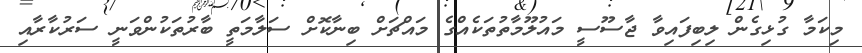
މިކަމާ ގުޅިގެން ލިބިފައިވާ ޖާސޫސީ މައުލޫމާތުތަކެއްގެ މައްޗަށް ބިނާކޮށް ސަލާމަތީ ބާރުތަކުންވަނީ ސަރުކާރާއި